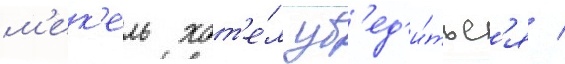
м'ек'ель хот'е́л уб'ед'и́тьс'я /